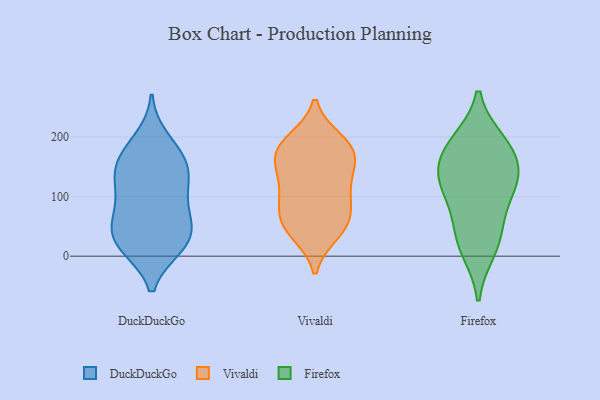
{"axis": {"x": "Active Users", "y": "Value"}, "legend": ["DuckDuckGo", "Firefox", "Vivaldi"], "data": [{"x": "", "y": 62, "type": "DuckDuckGo"}, {"x": "", "y": 53, "type": "DuckDuckGo"}, {"x": "", "y": 17, "type": "DuckDuckGo"}, {"x": "", "y": 154, "type": "DuckDuckGo"}, {"x": "", "y": 121, "type": "DuckDuckGo"}, {"x": "", "y": 197, "type": "DuckDuckGo"}, {"x": "", "y": 15, "type": "DuckDuckGo"}, {"x": "", "y": 160, "type": "DuckDuckGo"}, {"x": "", "y": 59, "type": "DuckDuckGo"}, {"x": "", "y": 115, "type": "DuckDuckGo"}, {"x": "", "y": 176, "type": "DuckDuckGo"}, {"x": "", "y": 18, "type": "DuckDuckGo"}, {"x": "", "y": 93, "type": "DuckDuckGo"}, {"x": "", "y": 127, "type": "DuckDuckGo"}, {"x": "", "y": 49, "type": "DuckDuckGo"}, {"x": "", "y": 154, "type": "DuckDuckGo"}, {"x": "", "y": 18, "type": "DuckDuckGo"}, {"x": "", "y": 175, "type": "Vivaldi"}, {"x": "", "y": 97, "type": "Vivaldi"}, {"x": "", "y": 195, "type": "Vivaldi"}, {"x": "", "y": 161, "type": "Vivaldi"}, {"x": "", "y": 175, "type": "Vivaldi"}, {"x": "", "y": 38, "type": "Vivaldi"}, {"x": "", "y": 124, "type": "Vivaldi"}, {"x": "", "y": 150, "type": "Vivaldi"}, {"x": "", "y": 61, "type": "Vivaldi"}, {"x": "", "y": 107, "type": "Vivaldi"}, {"x": "", "y": 48, "type": "Vivaldi"}, {"x": "", "y": 185, "type": "Vivaldi"}, {"x": "", "y": 71, "type": "Vivaldi"}, {"x": "", "y": 41, "type": "Vivaldi"}, {"x": "", "y": 137, "type": "Vivaldi"}, {"x": "", "y": 192, "type": "Vivaldi"}, {"x": "", "y": 84, "type": "Vivaldi"}, {"x": "", "y": 174, "type": "Firefox"}, {"x": "", "y": 58, "type": "Firefox"}, {"x": "", "y": 11, "type": "Firefox"}, {"x": "", "y": 191, "type": "Firefox"}, {"x": "", "y": 124, "type": "Firefox"}, {"x": "", "y": 139, "type": "Firefox"}, {"x": "", "y": 128, "type": "Firefox"}, {"x": "", "y": 29, "type": "Firefox"}, {"x": "", "y": 186, "type": "Firefox"}, {"x": "", "y": 108, "type": "Firefox"}]}